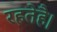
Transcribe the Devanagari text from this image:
रहतेहै।